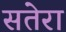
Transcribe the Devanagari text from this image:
सतेरा